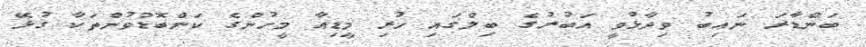
ބަންޑާރަ ނައިބު ވިދާޅުވީ އަބުރުގެ ބިލްގައި ހުރި މީޑިއާ މީހުންގެ ކަންބޮޑުވުންތަކާ ގުޅޭ